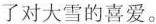
了对大雪的喜爱。